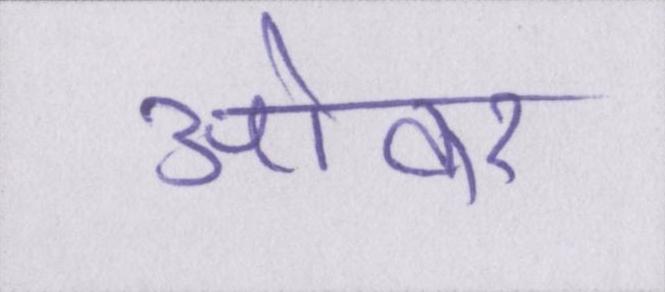
ओवर